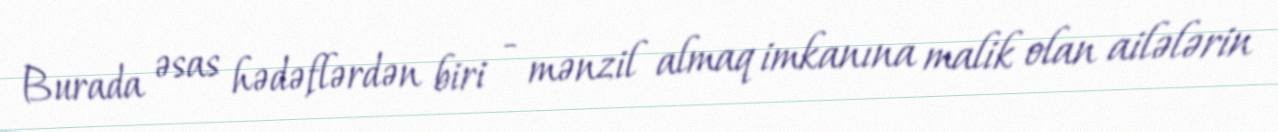
Burada əsas hədəflərdən biri - mənzil almaq imkanına malik olan ailələrin